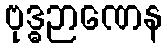
ဗုဒ္ဓဉာဏေန